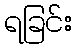
ရခြင်း